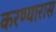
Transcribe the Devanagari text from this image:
करण्यारास